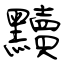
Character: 黷